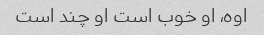
اوه، او خوب است او چند است